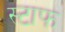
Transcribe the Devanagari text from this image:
स्टाफ